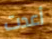
أعدت